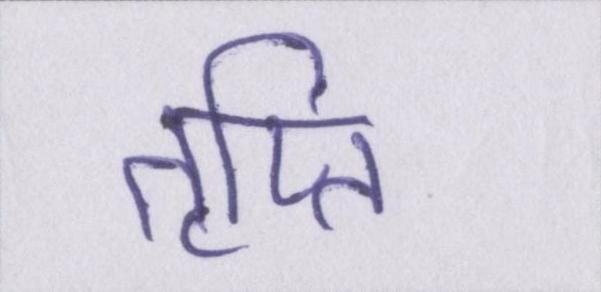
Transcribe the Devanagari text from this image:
तृप्ति